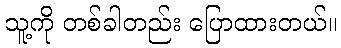
သူ့ကို တစ်ခါတည်း ပြောထားတယ်။